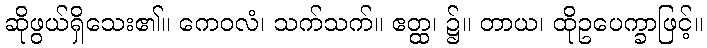
ဆိုဖွယ်ရှိသေး၏။ ကေဝလံ၊ သက်သက်။ ဧတ္ထ၊ ၌။ တာယ၊ ထိုဥပေက္ခာဖြင့်။